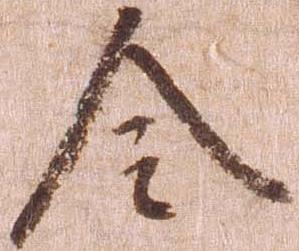
令